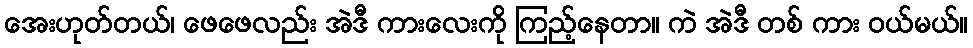
အေးဟုတ်တယ်၊ ဖေဖေလည်း အဲဒီ ကားလေးကို ကြည့်နေတာ။ ကဲ အဲဒီ တစ် ကား ဝယ်မယ်။